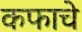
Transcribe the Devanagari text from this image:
कफाचे